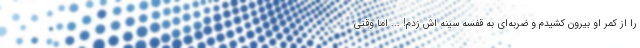
را از کمر او بیرون کشیدم و ضربه‌ای به قفسه سینه اش زدم! ... اما وقتی